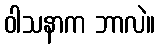
ဝါသနာက ဘာလဲ။